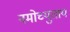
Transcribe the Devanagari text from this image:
नमोच्युताय